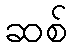
ဆစ်